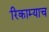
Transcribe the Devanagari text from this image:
रिकाम्याच